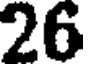
26